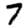
Digit: 7